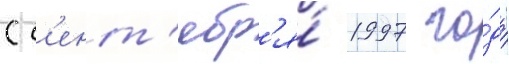
С с'ент'ябр'я́ 1997 го́да